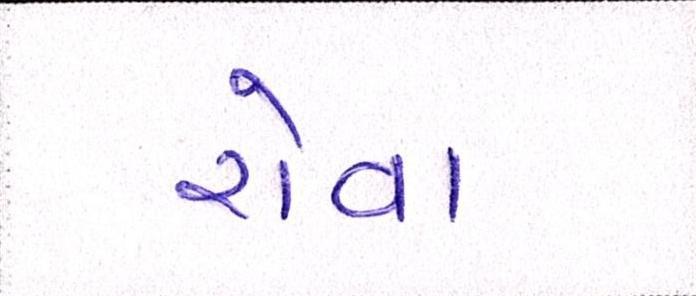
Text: રોવા